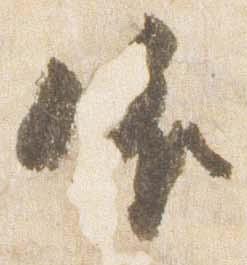
依